Serum-therapy of plague in India - Number 20
Disease focus: Plague
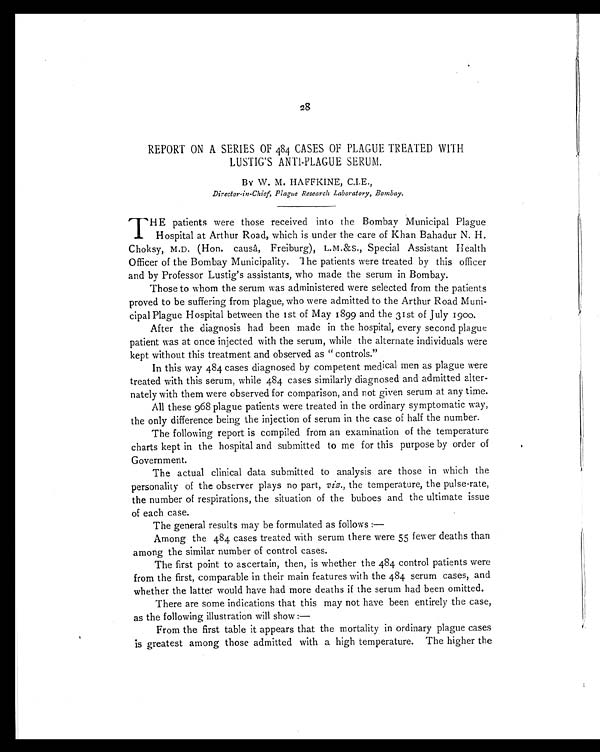
28
REPORT ON A SERIES OF 484 CASES OF PLAGUE TREATED WITH
LUSTIG'S ANTI-PLAGUE SERUM.
BY W. M. HAFFKINE, C.I.E.,
Director-in-Chief, Plague Research Laboratory, Bombay.
THE patients were those received into the Bombay Municipal Plague
Hospital at Arthur Road, which is under the care of Khan Bahadur N. H.
Choksy, M.D. (Hon. causâ, Freiburg), L.M.&S., Special Assistant Health
Officer of the Bombay Municipality. The patients were treated by this officer
and by Professor Lustig's assistants, who made the serum in Bombay.
Those to whom the serum was administered were selected from the patients
proved to be suffering from plague, who were admitted to the Arthur Road Muni-
cipal Plague Hospital between the 1st of May 1899 and the 31st of July 1900.
After the diagnosis had been made in the hospital, every second plague
patient was at once injected with the serum, while the alternate individuals were
kept without this treatment and observed as "controls."
In this way 484 cases diagnosed by competent medical men as plague were
treated with this serum, while 484 cases similarly diagnosed and admitted alter-
nately with them were observed for comparison, and not given serum at any time.
All these 968 plague patients were treated in the ordinary symptomatic way,
the only difference being the injection of serum in the case of half the number.
The following report is compiled from an examination of the temperature
charts kept in the hospital and submitted to me for this purpose by order of
Government.
The actual clinical data submitted to analysis are those in which the
personality of the observer plays no part, viz., the temperature, the pulse-rate,
the number of respirations, the situation of the buboes and the ultimate issue
of each case.
The general results may be formulated as follows:
—
Among the 484 cases treated with serum there were 55 fewer deaths than
among the similar number of control cases.
The first point to ascertain, then, is whether the 484 control patients were
from the first, comparable in their main features with the 484 serum cases, and
whether the latter would have had more deaths if the serum had been omitted.
There are some indications that this may not have been entirely the case,
as the following illustration will show:
—
From the first table it appears that the mortality in ordinary plague cases
is greatest among those admitted with a high temperature. The higher the